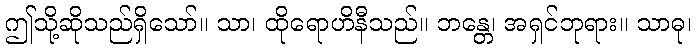
ဤသို့ဆိုသည်ရှိသော်။ သာ၊ ထိုရောဟိနီသည်။ ဘန္တေ၊ အရှင်ဘုရား။ သာဓု၊